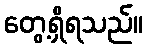
တွေ့ရှိရသည်။